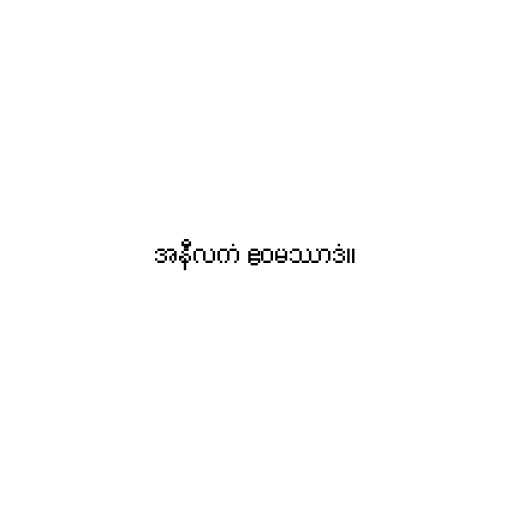
အနီလကံ ဧဝမဿာဒံ။